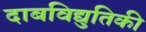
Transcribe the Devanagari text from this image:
दाबविद्युतिकी